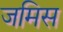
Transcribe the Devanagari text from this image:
जमिस